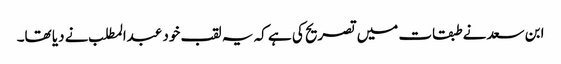
ابن سعد نے طبقات میں تصریح کی ہے کہ یہ لقب خود عبدالمطلب نے دیا تھا۔